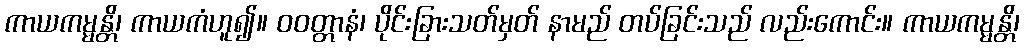
ကာယကမ္မန္တိ၊ ကာယကံဟူ၍။ ဝဝတ္တာနံ၊ ပိုင်းခြားသတ်မှတ် နာမည် တပ်ခြင်းသည် လည်းကောင်း။ ကာယကမ္မန္တိ၊